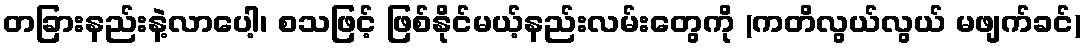
တခြားနည်းနဲ့လာပေါ့၊ စသဖြင့် ဖြစ်နိုင်မယ့်နည်းလမ်းတွေကို (ကတိလွယ်လွယ် မဖျက်ခင်)